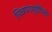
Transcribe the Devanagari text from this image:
चित्रपटसृष्टींपैकी